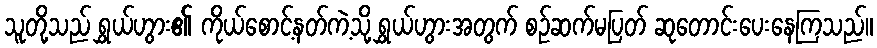
သူတို့သည် ရွှယ်ဟွား၏ ကိုယ်စောင့်နတ်ကဲ့သို့ ရွှယ်ဟွားအတွက် စဉ်ဆက်မပြတ် ဆုတောင်းပေးနေကြသည်။